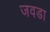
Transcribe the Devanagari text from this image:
जवडा